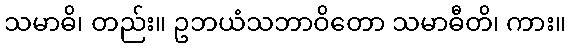
သမာဓိ၊ တည်း။ ဥဘယံသဘာဝိတော သမာဓီတိ၊ ကား။